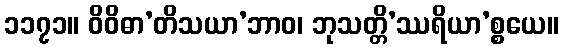
၁၁၇၁။ ဝိဝိဓာ’တိသယာ’ဘာဝ၊ ဘုသတ္တိ’ဿရိယာ’စ္စယေ။